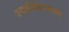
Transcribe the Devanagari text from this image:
स्वर्गमंडपाच्या